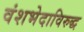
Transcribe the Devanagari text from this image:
वंशभेदाविरुद्ध